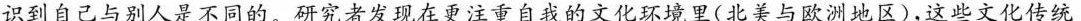
识到自己与别人是不同的。研究者发现在更注重自我的文化环境里(北美与欧洲地区)，这些文化传统